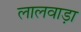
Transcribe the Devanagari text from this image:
लालवाड़ा